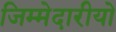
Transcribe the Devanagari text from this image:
जिम्मेदारीयो